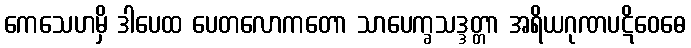
ကေသေဟမှိ ဒါပေထ ပေတလောကတော သာပေက္ခသဒ္ဒတ္တာ အရိယဂုဏပဋိဝေဓေ